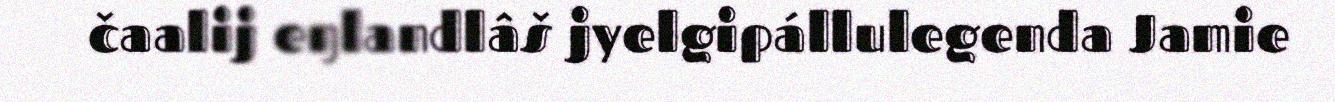
čaalij eŋlandlâš jyelgipállulegenda Jamie